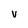
Character: v